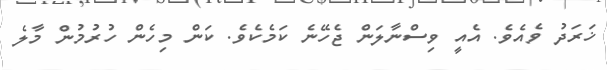
ޚަރަދު ވެއެވެ. އެއީ ވިސްނާލަން ޖެހޭނެ ކަމެކެވެ. ކަން މިހެން ހުުރުމުން މާލެ